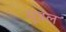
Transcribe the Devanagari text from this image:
मूडल